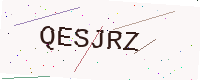
Text: QESJRZ